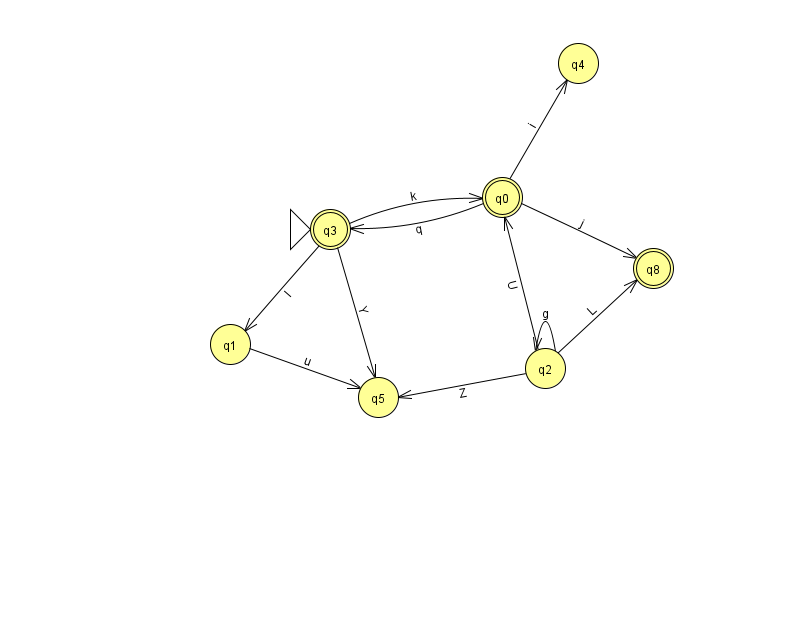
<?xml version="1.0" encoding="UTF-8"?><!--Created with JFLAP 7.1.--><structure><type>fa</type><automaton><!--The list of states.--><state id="0" name="q0"><x>502.0</x><y>184.0</y><final/></state><state id="1" name="q1"><x>230.0</x><y>331.0</y></state><state id="2" name="q2"><x>545.0</x><y>355.0</y></state><state id="3" name="q3"><x>330.0</x><y>216.0</y><initial/><final/></state><state id="4" name="q4"><x>578.0</x><y>50.0</y></state><state id="5" name="q5"><x>378.0</x><y>384.0</y></state><state id="8" name="q8"><x>653.0</x><y>255.0</y><final/></state><!--The list of transitions.--><transition><from>1</from><to>5</to><read>u</read></transition><transition><from>2</from><to>8</to><read>L</read></transition><transition><from>3</from><to>0</to><read>k</read></transition><transition><from>2</from><to>2</to><read>g</read></transition><transition><from>0</from><to>4</to><read>i</read></transition><transition><from>2</from><to>0</to><read>U</read></transition><transition><from>3</from><to>5</to><read>Y</read></transition><transition><from>2</from><to>5</to><read>Z</read></transition><transition><from>0</from><to>3</to><read>q</read></transition><transition><from>0</from><to>8</to><read>j</read></transition><transition><from>3</from><to>1</to><read>l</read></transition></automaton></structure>